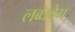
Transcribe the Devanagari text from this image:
लब्धवेग